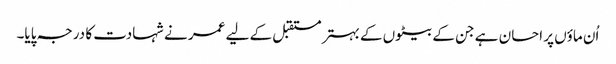
اُن ماؤں پر احسان ہے جن کے بیٹوں کے بہتر مستقبل کے لیے عمر نے شہادت کا درجہ پایا۔